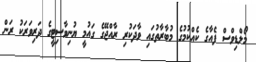
މޯލްޑިވްސް ފެއާގެ ކެއްކުމުގެ މުބާރާތުގައި ވާދަކުރި ރާއްޖޭގެ ގައުމީ ޔުނިވާސިޓީގެ ދަރިވަރަކު ރަން